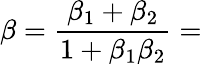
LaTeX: \beta={\frac{\beta_{1}+\beta_{2}}{1+\beta_{1}\beta_{2}}}=